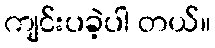
ကျင်းပခဲ့ပါ တယ်။